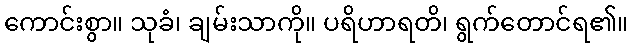
ကောင်းစွာ။ သုခံ၊ ချမ်းသာကို။ ပရိဟာရတိ၊ ရွက်တောင်ရ၏။